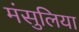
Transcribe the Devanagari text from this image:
मंसुलिया